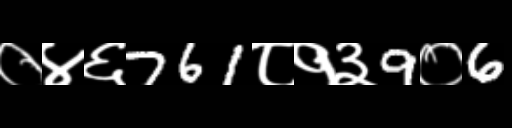
Text: ०४६761८१३9०6